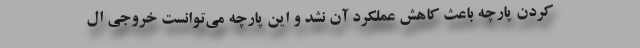
کردن پارچه باعث کاهش عملکرد آن نشد و این پارچه می‌توانست خروجی ال